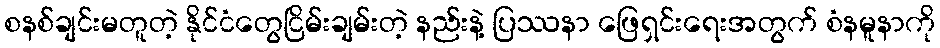
စနစ်ချင်းမတူတဲ့ နိုင်ငံတွေငြိမ်းချမ်းတဲ့ နည်းနဲ့ ပြဿနာ ဖြေရှင်းရေးအတွက် စံနမူနာကို